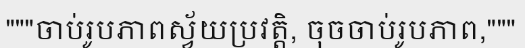
"""ចាប់រូបភាពស្វ័យប្រវត្តិ, ចុចចាប់រូបភាព,"""